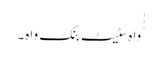
ّٰٰواہ سٹیٹ بنک واہ۔